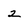
Character: 2